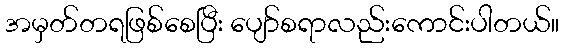
အမှတ်တရဖြစ်စေပြီး ပျော်စရာလည်းကောင်းပါတယ်။